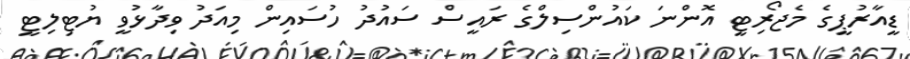
ޑީއާރުޕީގެ މެޖޯރިޓީ އޮންނަ ކައުންސިލްގެ ރައީސް ސައުދު ހުސައިން މިއަދު ވިދާޅުވީ ޔުޓިލިޓީ